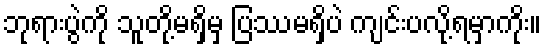
ဘုရားပွဲကို သူတို့မရှိမှ ပြဿမရှိပဲ ကျင်းပလို့ရမှာကိုး။